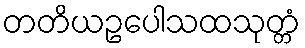
တတိယဥပေါသထသုတ္တံ